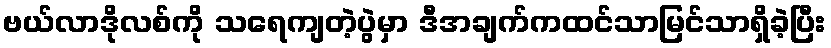
ဗယ်လာဒိုလစ်ကို သရေကျတဲ့ပွဲမှာ ဒီအချက်ကထင်သာမြင်သာရှိခဲ့ပြီး